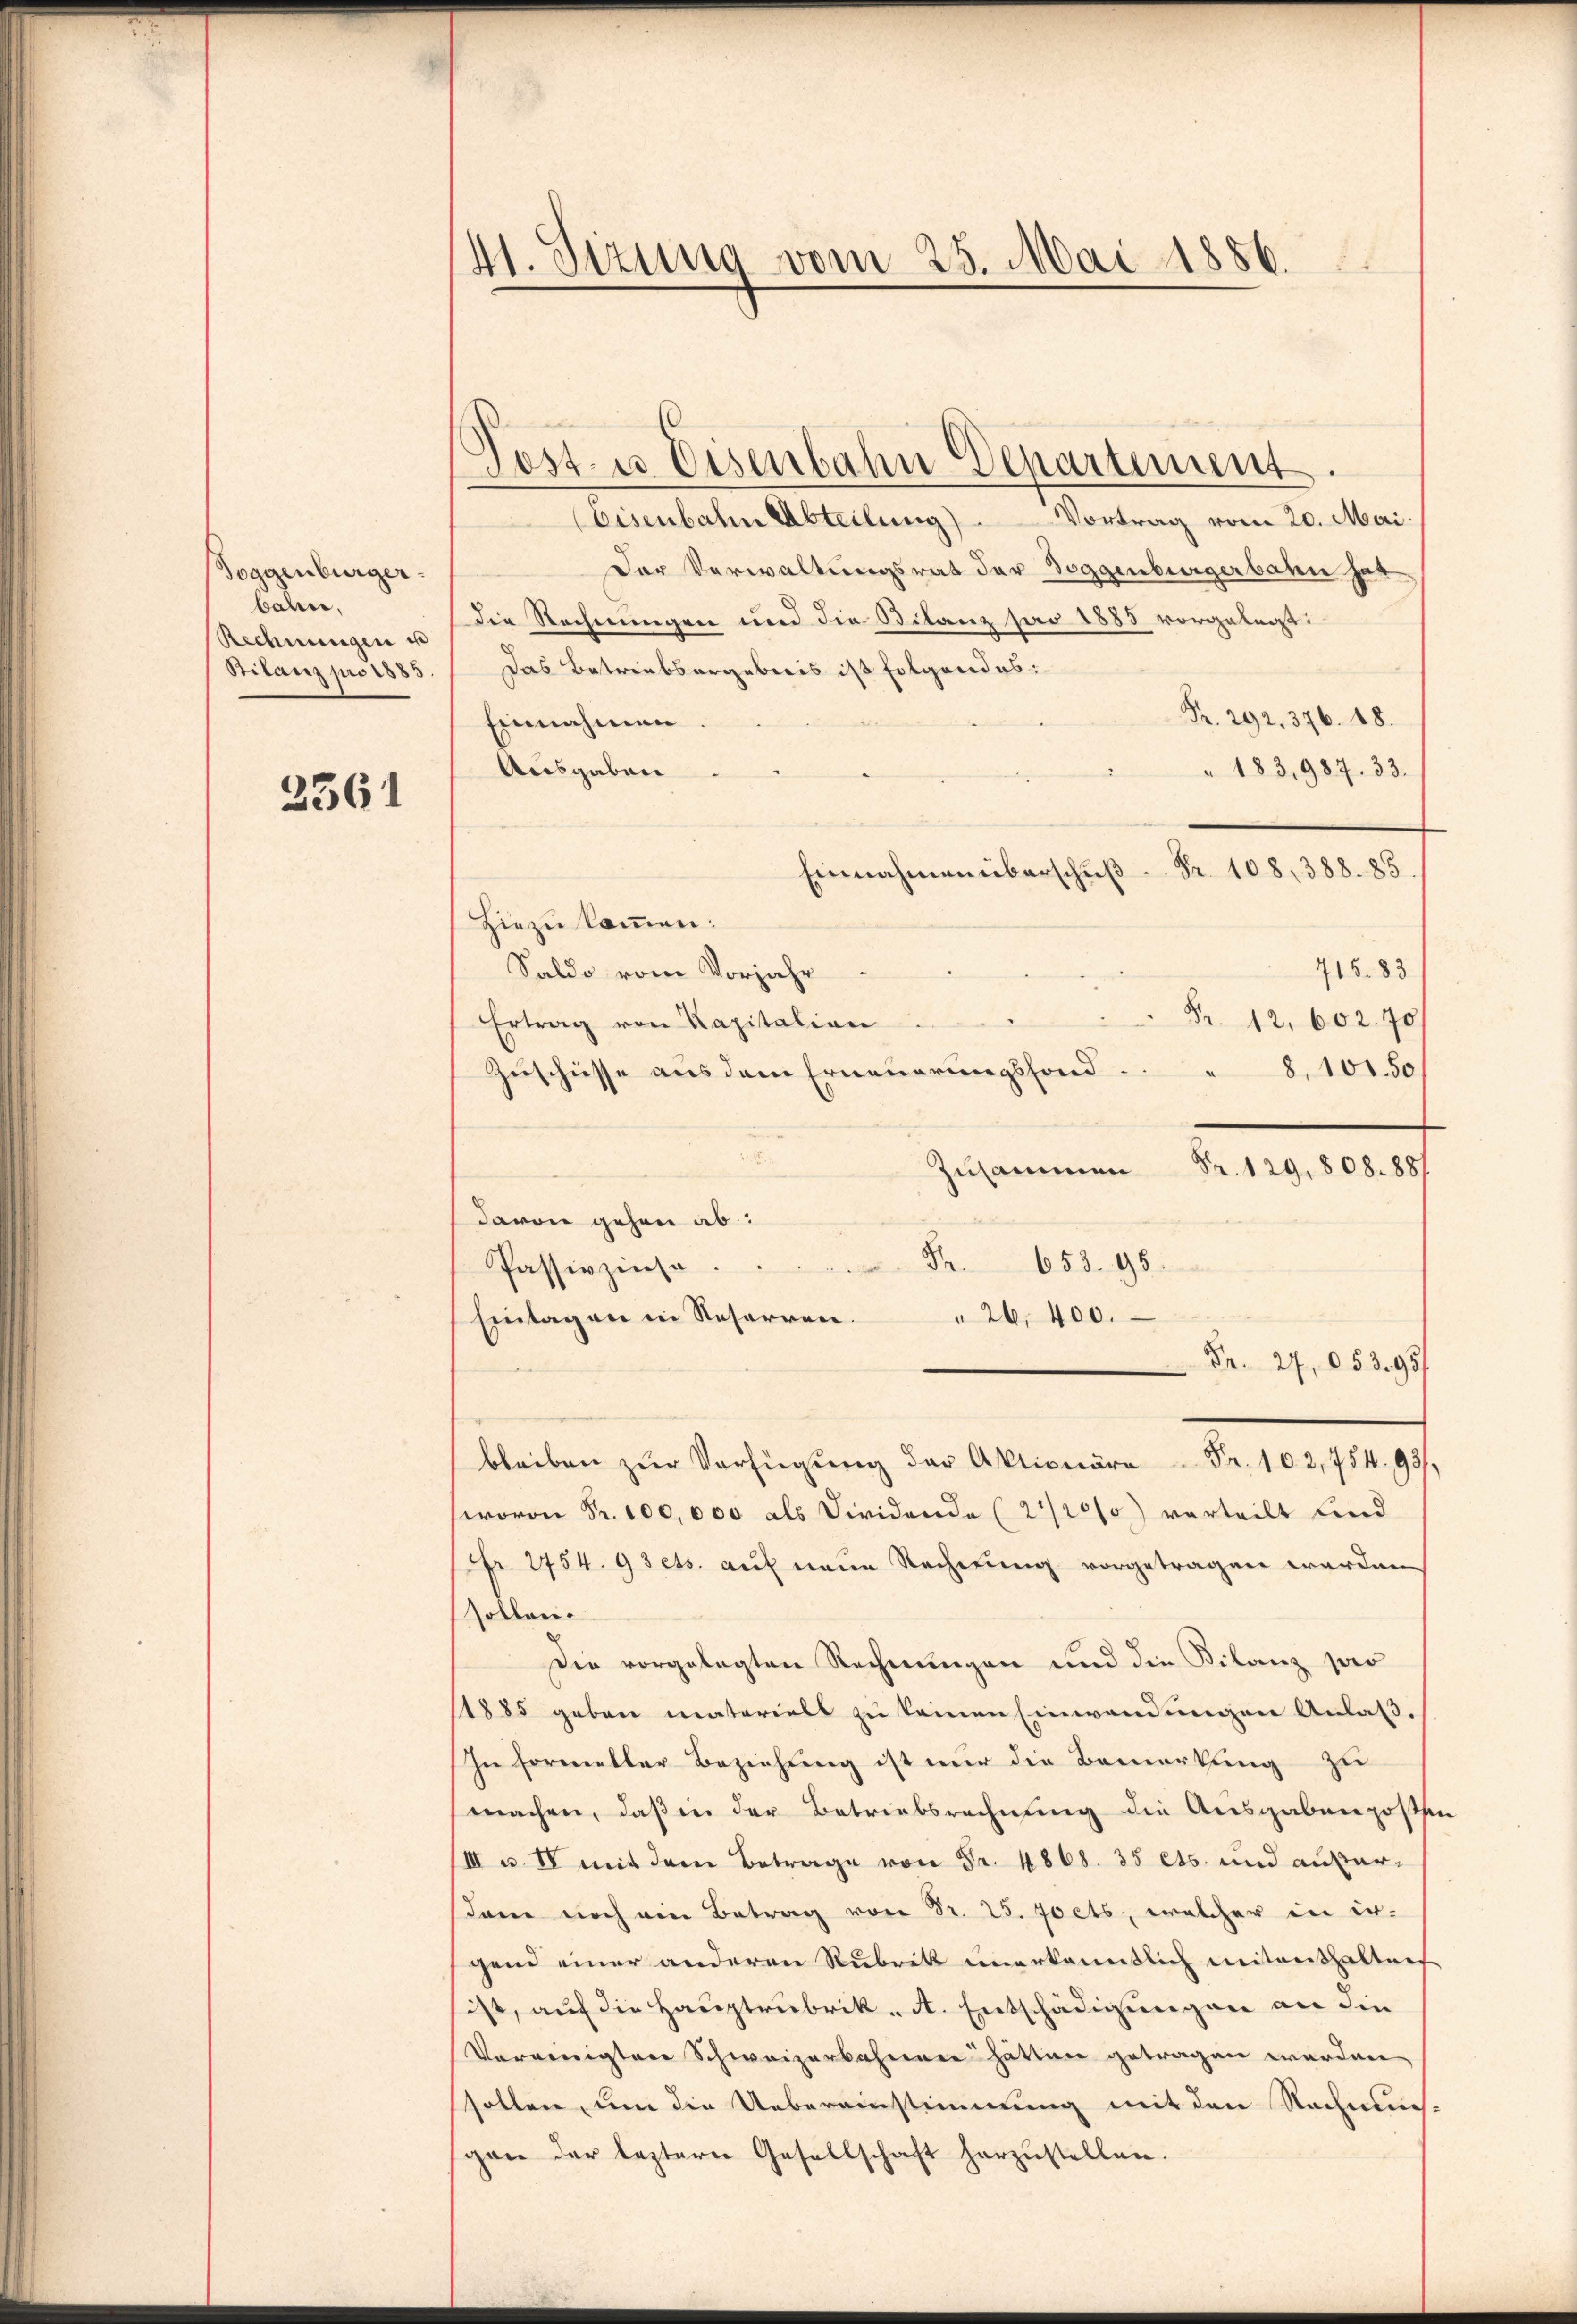
Toggenburger.
bahn,
Rechnungen u
Bilanz pro 1883.

2561

41. Sizung vom 25. Mai 1886.

Eisenbahn Abteilung). Vortrag vom 20. Mai.
Der Verwaltungsrat der Toggenburgerbahn hat
die Rechnungen und die Bilanz pro 1885 vorgelegt:
Das Betriebsergebenes ist folgendes:
Pr. 292. 376. 18.
Einnahmen
Ausgaben
" 183,987. 33.
Fr. 108, 388. 85.
Einnahmen überschuß
Hiezu kommen:
715. 83
Saldo vom Vorjahr
Fr. 12. 602.70/
Ertrag von Kapitalian
Zuschüsse aus dem Erneuerungsfond
8, 101. 50
Zusammen Fr. 129, 808. 881
davon gehen ab:
S.
653. 95.
Passivzinse
Eintagen in Reserren.
26,400.
Fr. 27,053. 95/
bleiben zŭr Verfügung der Aktionäre. Fr. 102,754. 93,
wovon Fr. 100,000 als Dividende (2120/0) vorteilt und
Fr. 2754. 9 sets. auf neue Rechnung vorgetragen werden.
sollen.
Die vorgelegten Rechnungen und die Filanz pro
1885 geben materiell zu keinen Einwendungen Anlaß.
In Formetter Beziehung ist nur die Bemerkung zu
machen, daß in der Betriebsrechnung die Ausgabenposten
III u. IV mit dem Betrage von Fr. 4868. 35 Cts. und außerdam noch ein Betrag von Fr. 25. Joets, welcher in ergend einer anderen Rubrik unerkanntlich weitenthalten
ist, auf die Hauptrubrik. A. Entschädigungen an die
Vereinigten Schweizerbahnen hätten getragen werden
sollen, um die Uebereinstimmung mit den Rechnun
gen der leztere Gesellschaft herzustellen.

Post es Eisenbahn Departement.